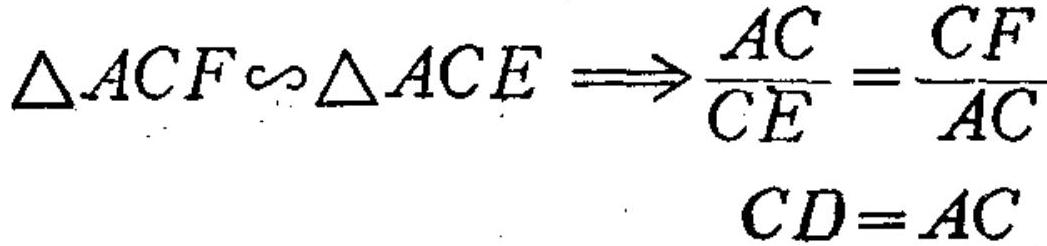
$\triangle ACF\sim\triangle ACE\Longrightarrow\frac{AC}{CE}=\frac{CF}{AC}$
$CD = AC$